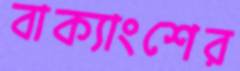
বাক্যাংশের